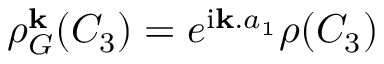
\begin{array} { r } { \rho _ { G } ^ { \bf k } ( C _ { 3 } ) = e ^ { \mathrm { i } { \bf k } . a _ { 1 } } \rho ( C _ { 3 } ) } \end{array}